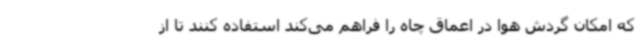
که امکان گردش هوا در اعماق چاه را فراهم می‌کند استفاده کنند تا از